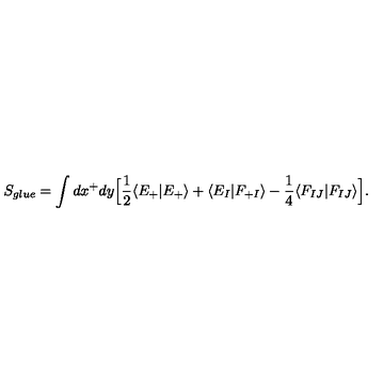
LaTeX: S _ { g l u e } = \int d x ^ { + } d y \Big [ \frac { 1 } { 2 } \langle E _ { + } | E _ { + } \rangle + \langle E _ { I } | F _ { + I } \rangle - \frac { 1 } { 4 } \langle F _ { I J } | F _ { I J } \rangle \Big ] .